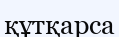
құтқарса